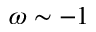
\omega \sim - 1